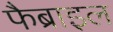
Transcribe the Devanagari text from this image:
फैब्राइल